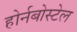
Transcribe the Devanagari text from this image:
होर्नबोस्टेल